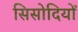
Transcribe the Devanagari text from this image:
सिसोदियों